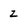
Character: z